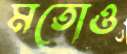
মতোও